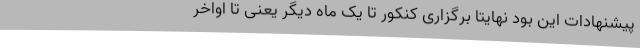
پیشنهادات این بود نهایتا برگزاری کنکور تا یک ماه دیگر یعنی تا اواخر